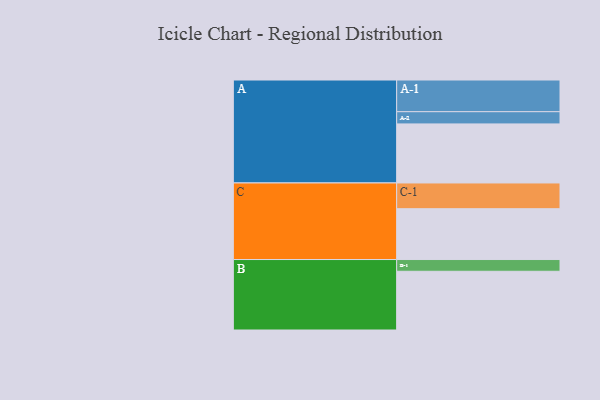
{"axis": {"x": "Segment", "y": "Value"}, "legend": ["", "A", "B", "C"], "data": [{"x": "A", "y": 367, "type": ""}, {"x": "B", "y": 365, "type": ""}, {"x": "C", "y": 316, "type": ""}, {"x": "A-1", "y": 197, "type": "A"}, {"x": "A-2", "y": 76, "type": "A"}, {"x": "B-1", "y": 73, "type": "B"}, {"x": "C-1", "y": 160, "type": "C"}]}